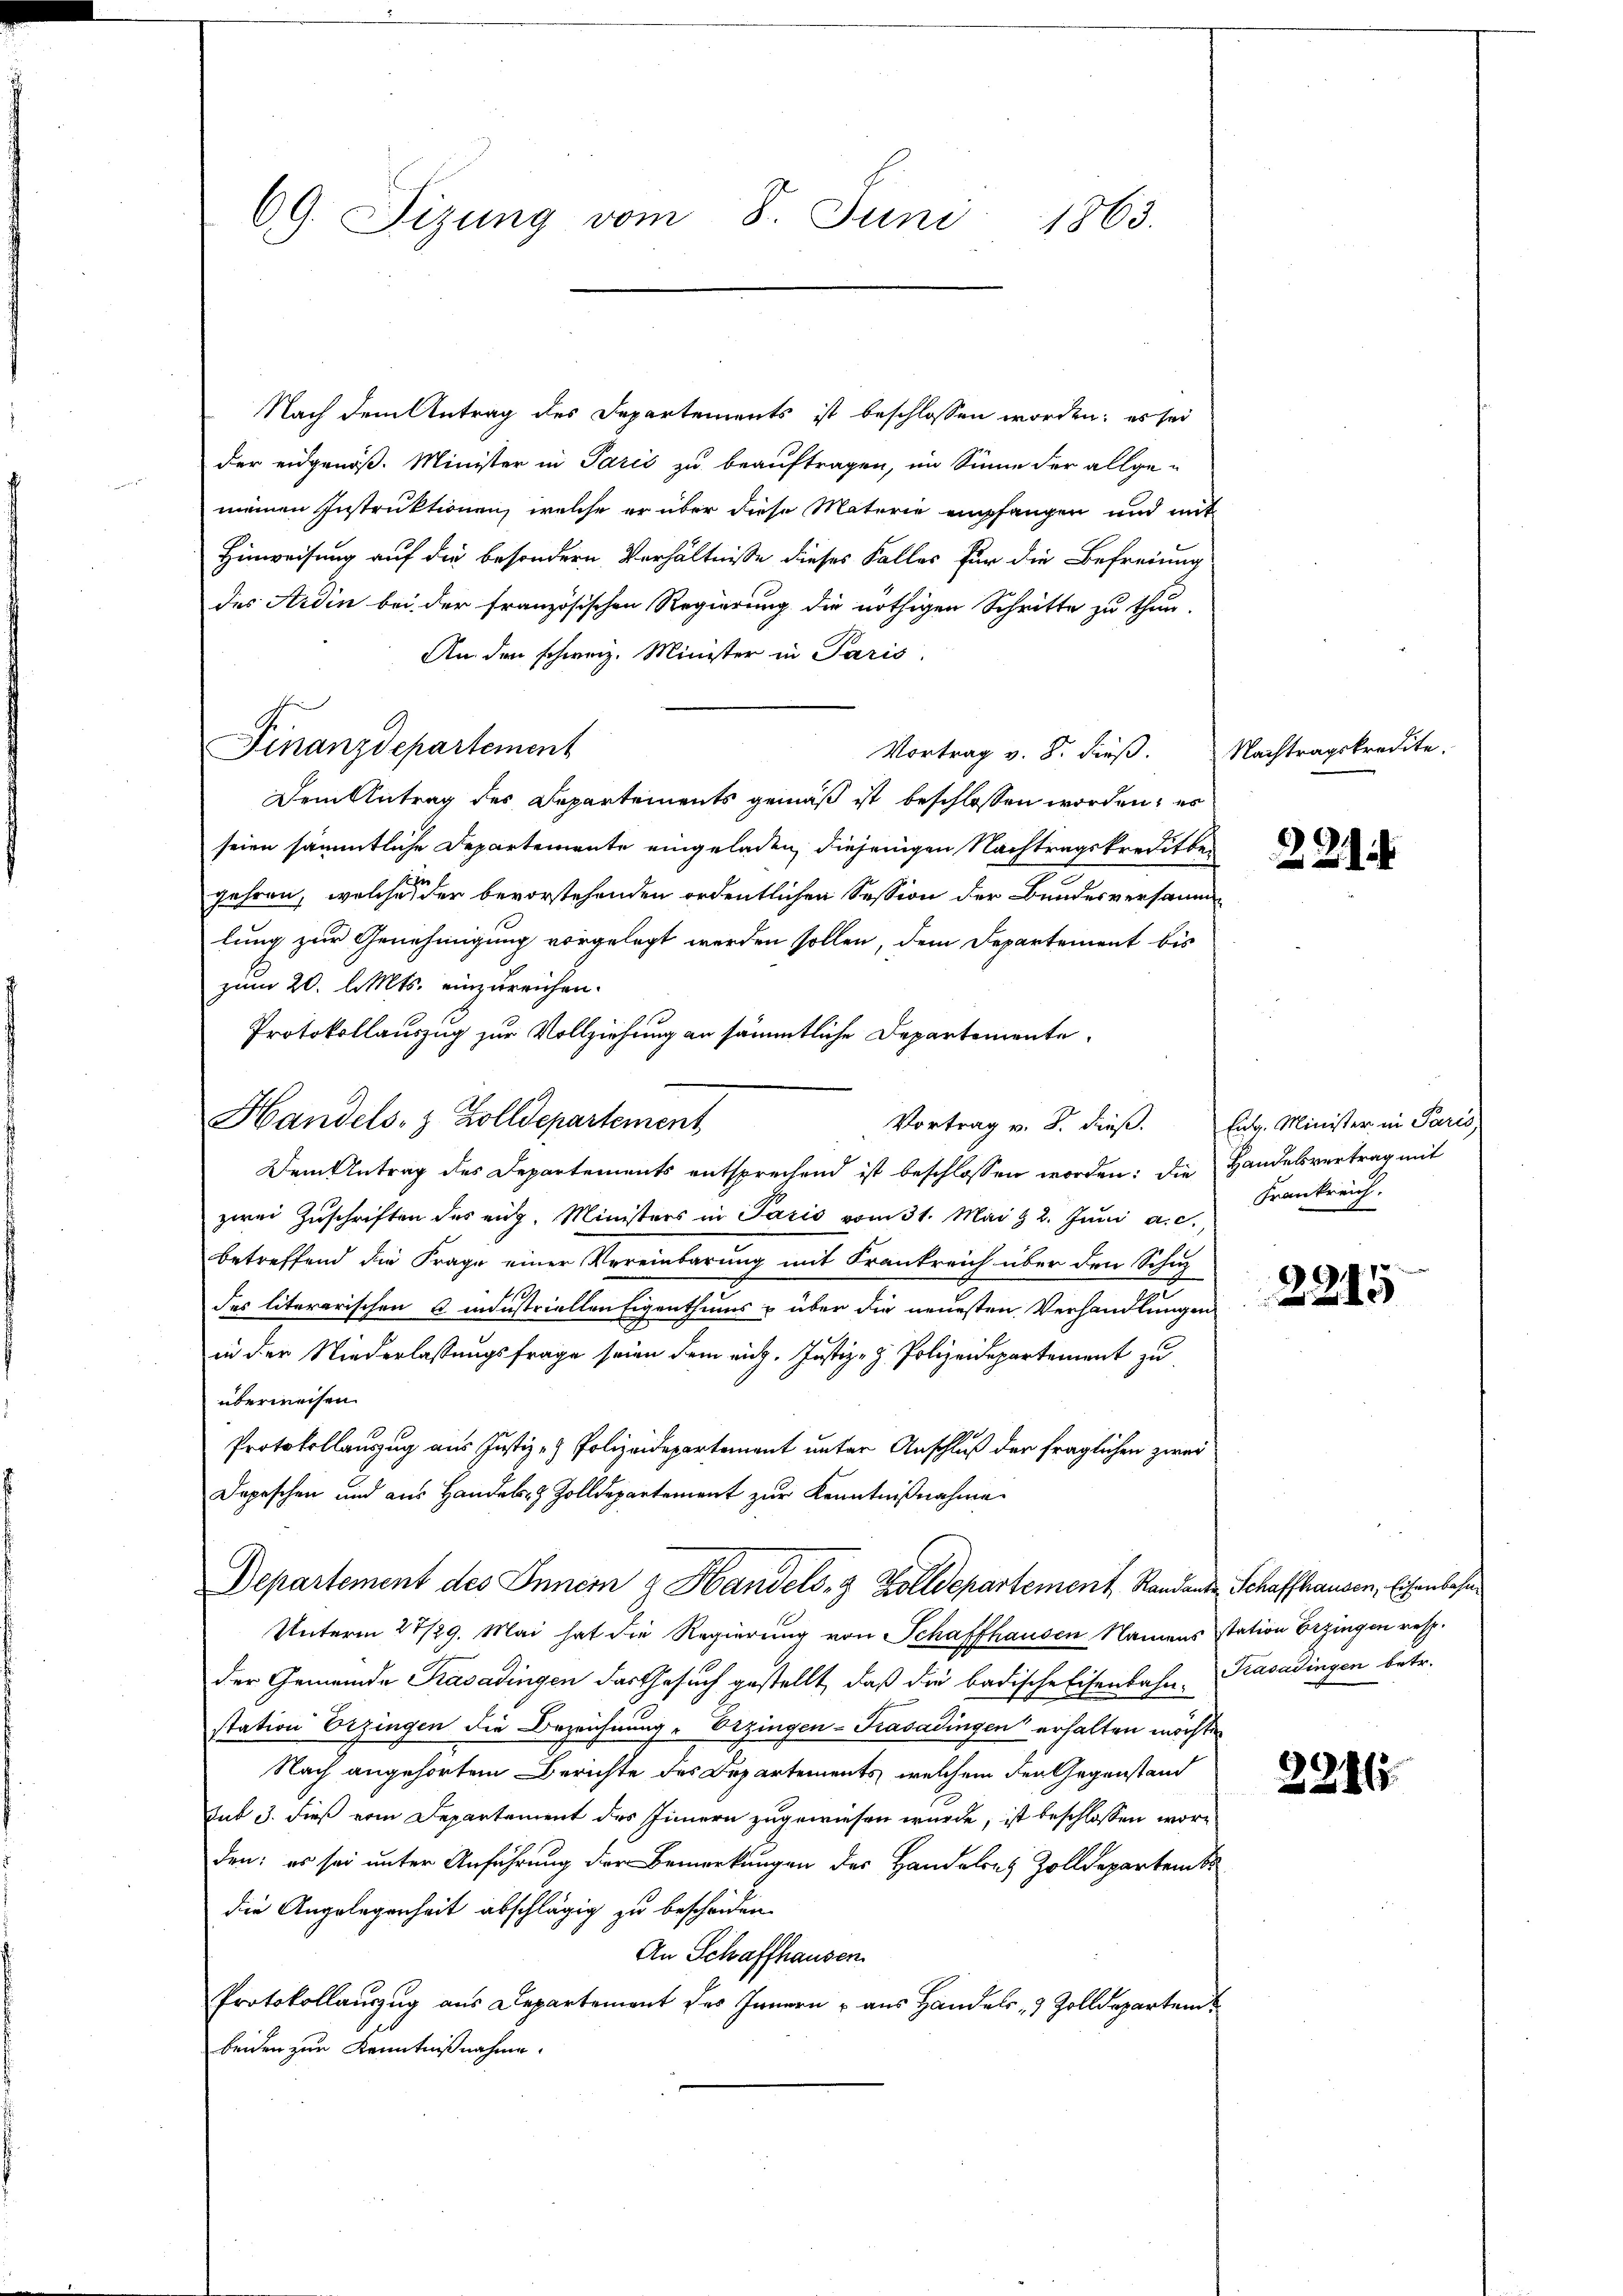
Nach dem Antrag des Departements ist beschlossen worden; es sei
der eidgenöß. Minister in Paris zu beauftragen, im Sinne der allge-
meinen Instruktionen, welche er über diese Materie empfangen und mit
Hinweisung auf die besondern Verhältnisse dieses Falles für die Befreiung
des Ardin bei der französischen Regierung die nöthigen Schritte zu thun.
An den schweiz. Minister in Paris
Finanzdepartement
Vortrag v. 8. dieß.
Dem Antrag des Departements gemäß ist beschlossen worden, es
seien sämmtliche Departemente eingeladen, diejenigen Nachtragskreditben
gehren, welches der bevorstehenden ordentlichen Session der Bundesversammlung zur Genehmigung vorgelegt werden sollen, dem Departement bis
zum 20. l. Mts. einzureichen.
Protokollauszug zur Vollziehung an sämmtliche Departemente
Handels- & Zolldepartement
Vortrag v. B. dieß. Ent. Minister in Paris
Dem Antrag des Departements entsprechend ist beschlossen worden: die Handelsvertrag mit
zwei Zuschriften des eidg. Ministers in Paris vom 31. Mai & 2. Juni a.c. Frankreich-
betreffend die Frage einer Vereinbarung mit Frankreich über den Schuz
des literarischen & industriellen Eigenthums & über die neuesten Verhandlungen
in der Niederlassungsfrage seien dem rich. Justiz- & Polizeidepartement zu
überweisen.
Protokollauszug aus Justiz- & Polizeidepartement unter Anschluß der fraglichen zwei
Depeschen und aus Handels- & Zolldepartement zur Kenntnißnahme
Departement des Inner z. Handels- & Zolldepartement Randante Schaffhausen, Eisenbahn¬
Unterm 28/29. Mai hat die Regierung von Schaffhausen Namens station Erzingen resp.
der Gemeinde Trasadingen das Gesuch gestellt, daß die badische Eisenbahn. Kasadingen betr.
station Erzingen die Bezeichnung " Erzingen-Krasadingen erhalten möchte
Nach angehörtem Berichte des Departements, welchem den Gegenstand
sub 3. dieß vom Departement des Innern zugewiesen würde, ist beschlossen worden: es sei unter Anführung der Bemerkungen der Handelns Zolldepartembe
die Angelegenheit abschlägig zu bescheiden.
An Schaffhausen.
Protokollauszug aus Departement des Innern u aus Handels, 9 Zolldeparten
beiden zur Kenntnißnahme.

69. Sizŭng vom 8. Juni 1863.

Nachtragskredite.

22

2215

2246